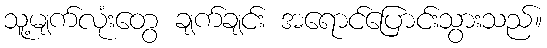
သူ့မျက်လုံးတွေ ချက်ချင်း အရောင်ပြောင်းသွားသည်။